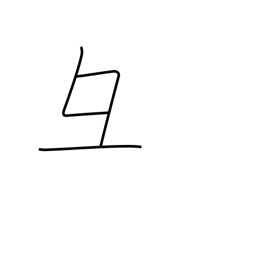
Meaning: pig's head radical variant (no. 58)